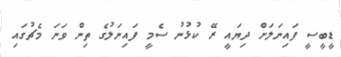
ޑީބީސީ ފައިނަލަށް ދިޔައީ ރޭ ކުޅުނު ސެމީ ފައިނަލުގެ ތިން ވަނަ މެޗުގައި